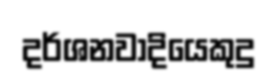
දර්ශනවාදියෙකුදු